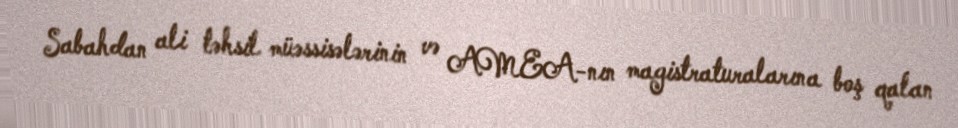
Sabahdan ali təhsil müəssisələrinin və AMEA-nın magistraturalarına boş qalan